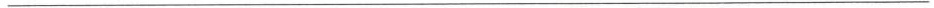
___